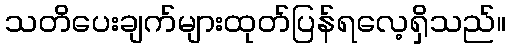
သတိပေးချက်များထုတ်ပြန်ရလေ့ရှိသည်။